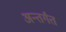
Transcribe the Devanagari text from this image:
अन्तर्गंत